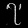
Digit: ၇